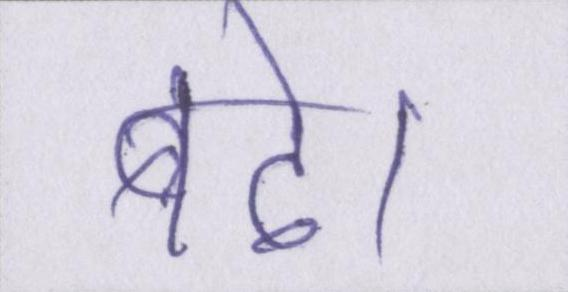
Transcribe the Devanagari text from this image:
बढे।